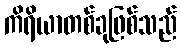
ကိရိယာတစ်ခုဖြစ်သည်